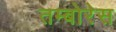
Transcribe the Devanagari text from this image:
तम्बोरेस